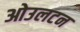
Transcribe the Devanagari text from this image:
ओउलटन